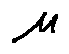
\mu